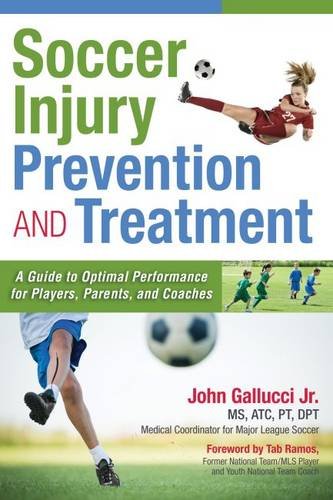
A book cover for Soccer Injury Prevention and Treatment: "A Guide to Optimal Performance for Players, Parents, and Coaches"; John Gallucci Jr. MS  ATC  PT  DPT; Health, Fitness & Dieting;